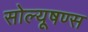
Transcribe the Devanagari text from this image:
सोल्यूषण्स